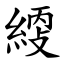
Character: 䌄